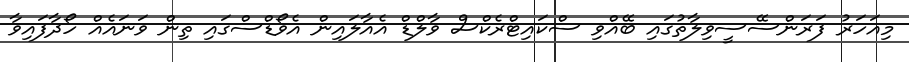
މިއަހަރު ފަރަންސޭސީވިލާތުގައި ބޭއްވި ސްކައިޓްރެކްސް ވާލްޑް އެއާލައިން އެވޯޑްސްގައި ތިން ވަނައެއް ހޯދާފައިވާ